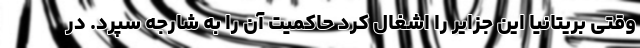
وقتی بریتانیا این جزایر را اشغال کرد حاکمیت آن را به شارجه سپرد. در